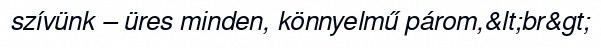
szívünk – üres minden, könnyelmű párom,&lt;br&gt;